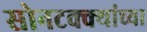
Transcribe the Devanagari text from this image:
सोनटक्क्यांच्या